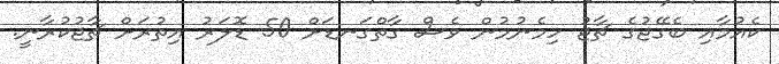
ކެއުމާއި ބެގޭޖުގެ ޗާޖު ހިމެނުމުން ވެސް ގާތްގަނޑަށް 50 ޑޮލަރު އިތުރަށް ޗާޖުކުރާނީ.